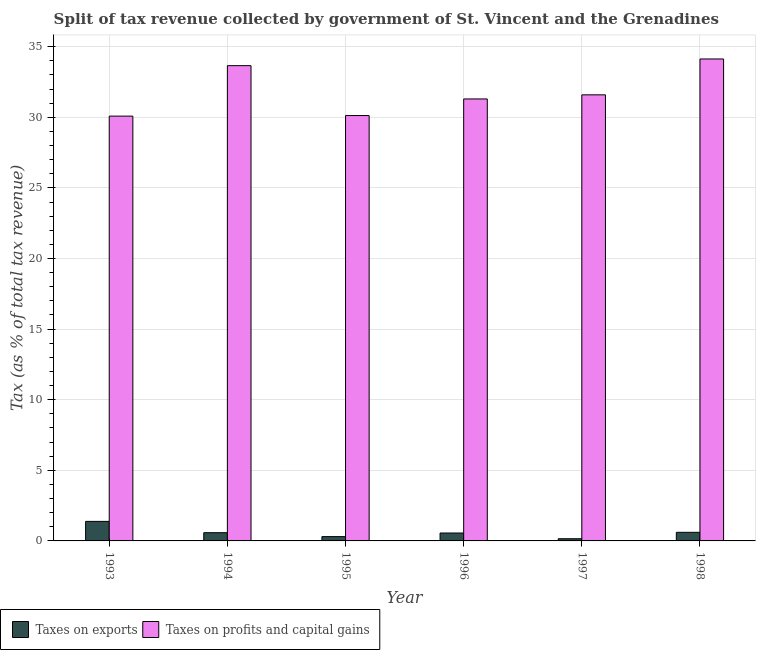
| Year | Taxes on exports | Taxes on profits and capital gains |
 | --- | --- | --- |
 | 1993 | 1.38 | 30.1 |
 | 1994 | 0.583 | 33.7 |
 | 1995 | 0.305 | 30.1 |
 | 1996 | 0.56 | 31.3 |
 | 1997 | 0.155 | 31.6 |
 | 1998 | 0.609 | 34.1 |